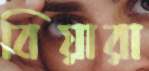
বিয়ারা